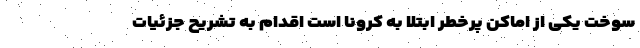
سوخت یکی از اماکن پرخطر ابتلا به کرونا است اقدام به تشریح جزئیات